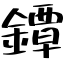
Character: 鐔